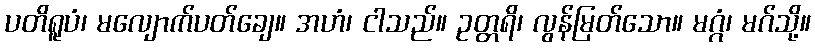
ပတိရူပံ၊ မလျောက်ပတ်ချေ။ အဟံ၊ ငါသည်။ ဥတ္တရိ၊ လွန်မြတ်သော။ မဂ္ဂံ၊ မဂ်သို့။